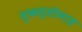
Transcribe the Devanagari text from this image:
मुकस्सीमाह